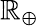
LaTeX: \mathbb{R}_{\oplus}